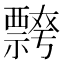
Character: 𭑦